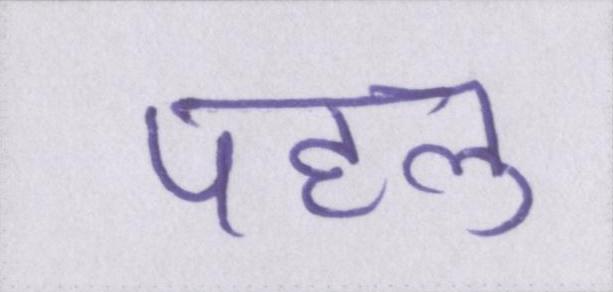
पहलु